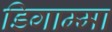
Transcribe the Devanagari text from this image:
डिगाम्मा